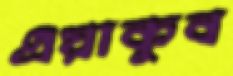
এয়াকুব